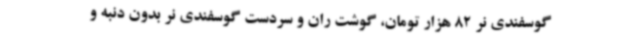
گوسفندی نر 82 هزار تومان، گوشت ران و سردست گوسفندی نر بدون دنبه و